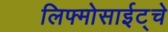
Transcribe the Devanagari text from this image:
लिफ्मोसाईट्चे